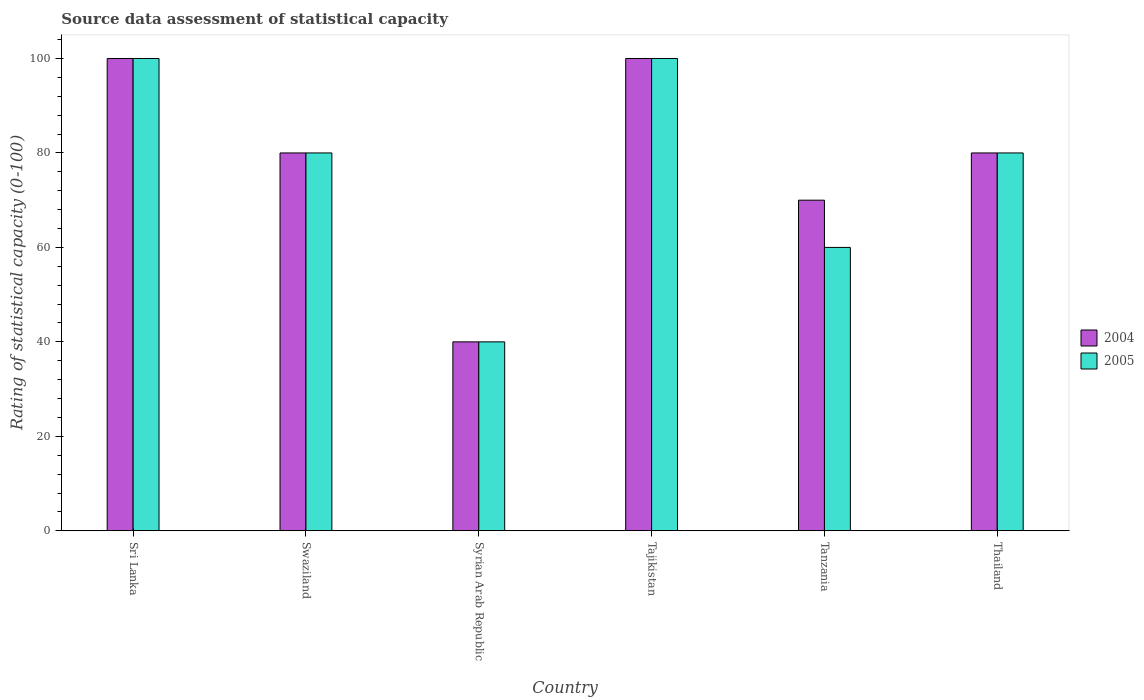
| Country | 2004 | 2005 |
 | --- | --- | --- |
 | Sri Lanka | 100 | 100 |
 | Swaziland | 80 | 80 |
 | Syrian Arab Republic | 40 | 40 |
 | Tajikistan | 100 | 100 |
 | Tanzania | 70 | 60 |
 | Thailand | 80 | 80 |